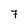
Character: 7